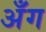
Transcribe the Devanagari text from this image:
अँग